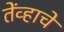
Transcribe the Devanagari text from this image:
तेंव्हाचे